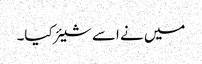
میں نے اسے شیئر کیا۔